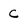
Character: c